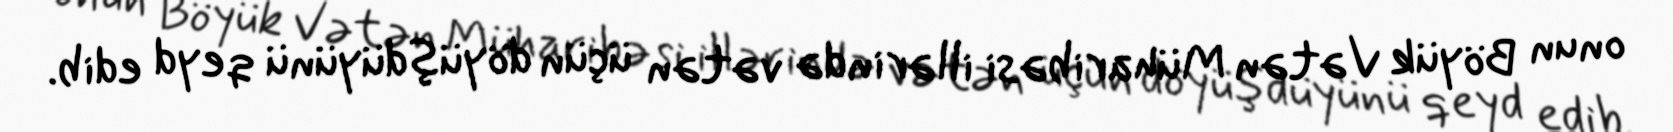
onun Böyük Vətən Müharibəsi illərində vətən üçün döyüşdüyünü qeyd edib.